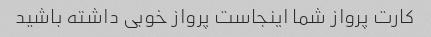
کارت پرواز شما اینجاست پرواز خوبی داشته باشید